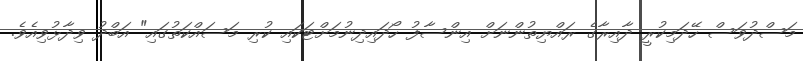
މަސްދުވަސް ހޭދަމިކުރީ ދާއިރާގެ ރައްޔިތުންނަށް އިންސާފު ހޯދައިދިނުމަށްޓަކައި ކުރި މަސައްކަތުގައި" އަބްދު ވިދާޅުވިއެވެ.